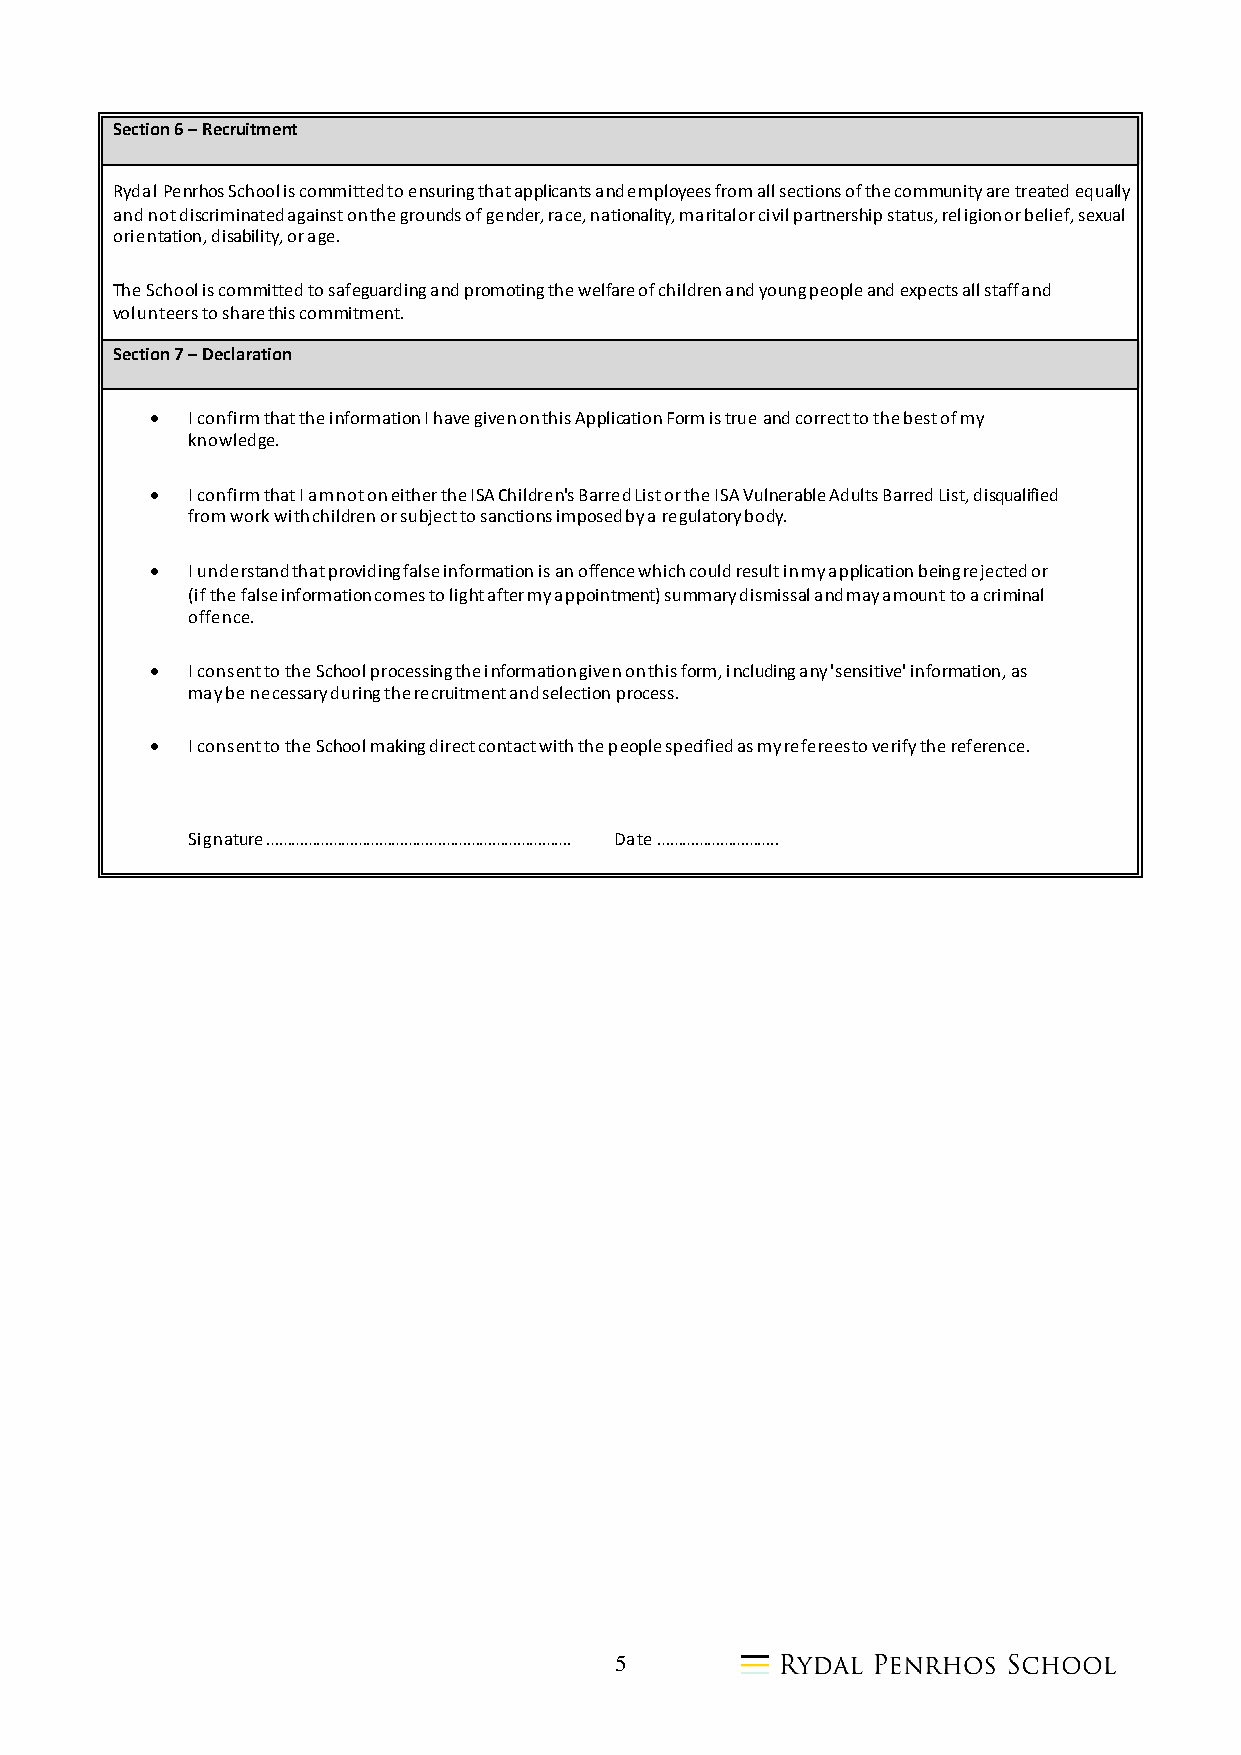
Section 6 – Recruitment
 Rydal Penrhos School is committed to ensuring that applicants and employees from all sections of the community are treated equally
 and not discriminated against on the grounds of gender, race, nationality, marital or civil partnership status, religion or belief, sexual
 orientation, disability, or age.
 The School is committed to safeguarding and promoting the welfare of children and young people and expects all staff and
 volunteers to share this commitment.
 Section 7 – Declaration
  I confirm that the information I have given on this Application Form is true and correct to the best of my
 knowledge.
  I confirm that I am not on either the ISA Children's Barred List or the ISA Vulnerable Adults Barred List, disqualified
 from work with children or subject to sanctions imposed by a regulatory body.
  I understand that providing false information is an offence which could result in my application being rejected or
 (if the false information comes to light after my appointment) summary dismissal and may amount to a criminal
 offence.
  I consent to the School processing the information given on this form, including any 'sensitive' information, as
 may be necessary during the recruitment and selection process.
  I consent to the School making direct contact with the people specified as my referees to verify the reference.
 Signature ………………………………………………………………. Date ………………………..
 5